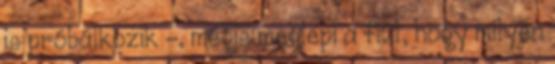
is próbálkozik -, mégis meglepi a fiút, hogy milyen